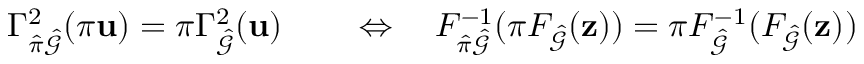
\begin{array} { r l } { \Gamma _ { \hat { \pi } \hat { \mathcal { G } } } ^ { 2 } ( \pi \mathbf { u } ) = \pi \Gamma _ { \hat { \mathcal { G } } } ^ { 2 } ( \mathbf { u } ) } & { { } \quad \Leftrightarrow \quad F _ { \hat { \pi } \hat { \mathcal { G } } } ^ { - 1 } ( \pi F _ { \hat { \mathcal { G } } } ( \mathbf { z } ) ) = \pi F _ { \hat { \mathcal { G } } } ^ { - 1 } ( F _ { \hat { \mathcal { G } } } ( \mathbf { z } ) ) } \end{array}